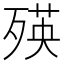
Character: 𣨽